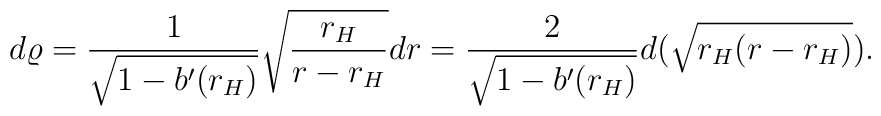
d\varrho = {1\over\sqrt{1-b'(r_H)}}\sqrt{{r_H\over r-r_H}} dr         = {2\over\sqrt{1-b'(r_H)}}d(\sqrt{r_H(r-r_H)}).